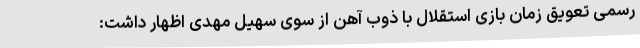
رسمی تعویق زمان بازی استقلال با ذوب آهن از سوی سهیل مهدی اظهار داشت: